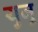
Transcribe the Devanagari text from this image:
युजु